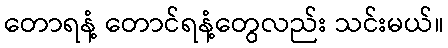
တောရနံ့ တောင်ရနံ့တွေလည်း သင်းမယ်။